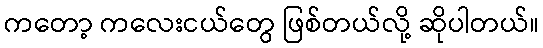
ကတော့ ကလေးငယ်တွေ ဖြစ်တယ်လို့ ဆိုပါတယ်။